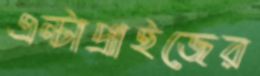
এন্টাপ্রাইজের